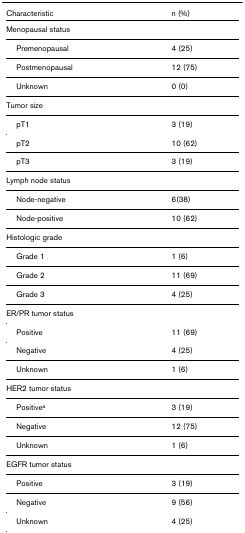
<table><thead><tr><td><b>Characteristic</b></td><td><b>n (%)</b></td></tr></thead><tbody><tr><td colspan="2">Menopausal status</td></tr><tr><td> Premenopausal</td><td>4 (25)</td></tr><tr><td> Postmenopausal</td><td>12 (75)</td></tr><tr><td> Unknown</td><td>0 (0)</td></tr><tr><td colspan="2">Tumor size</td></tr><tr><td> pT1</td><td>3 (19)</td></tr><tr><td> pT2</td><td>10 (62)</td></tr><tr><td> pT3</td><td>3 (19)</td></tr><tr><td colspan="2">Lymph node status</td></tr><tr><td> Node-negative</td><td>6(38)</td></tr><tr><td> Node-positive</td><td>10 (62)</td></tr><tr><td colspan="2">Histologic grade</td></tr><tr><td> Grade 1</td><td>1 (6)</td></tr><tr><td> Grade 2</td><td>11 (69)</td></tr><tr><td> Grade 3</td><td>4 (25)</td></tr><tr><td colspan="2">ER/PR tumor status</td></tr><tr><td> Positive</td><td>11 (69)</td></tr><tr><td> Negative</td><td>4 (25)</td></tr><tr><td> Unknown</td><td>1 (6)</td></tr><tr><td colspan="2">HER2 tumor status</td></tr><tr><td> Positive<sup>a</sup></td><td>3 (19)</td></tr><tr><td> Negative</td><td>12 (75)</td></tr><tr><td> Unknown</td><td>1 (6)</td></tr><tr><td colspan="2">EGFR tumor status</td></tr><tr><td> Positive</td><td>3 (19)</td></tr><tr><td> Negative</td><td>9 (56)</td></tr><tr><td> Unknown</td><td>4 (25)</td></tr></tbody></table>